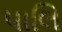
પાલિ